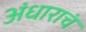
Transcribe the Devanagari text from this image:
अंधाराचं